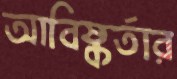
আবিষ্কর্তার